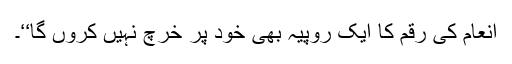
انعام کی رقم کا ایک روپیہ بھی خود پر خرچ نہیں کروں گا‘‘۔